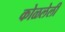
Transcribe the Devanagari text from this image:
कोळलेली